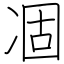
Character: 凅